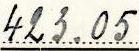
423.05